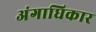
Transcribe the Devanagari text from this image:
अंगाधिकार